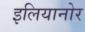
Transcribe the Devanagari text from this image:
इलियानोर